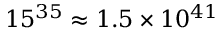
1 5 ^ { 3 5 } \approx 1 . 5 \times 1 0 ^ { 4 1 }